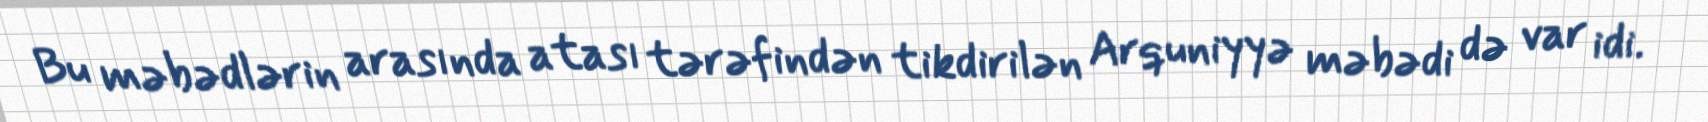
Bu məbədlərin arasında atası tərəfindən tikdirilən Arquniyyə məbədi də var idi.